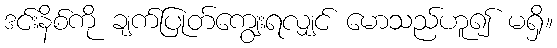
ဒင်းနိစ်ကို ချက်ပြုတ်ကျွေးရလျှင် မောသည်ဟူ၍ မရှိ။